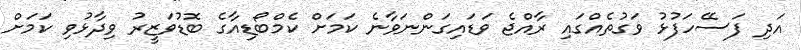
އަދި ފަސޭހަފުޅު ވަގުތެއްގައި ރާއްޖެ ވަޑައިގަންނަވާނެ ކަމަށް ކެމްބޯޑިއާގެ ބޮޑުވަޒީރު ވިދާޅުވި ކަމަށް